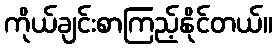
ကိုယ်ချင်းစာကြည့်နိုင်တယ်။